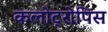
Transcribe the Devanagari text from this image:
कलोट्रोपिस